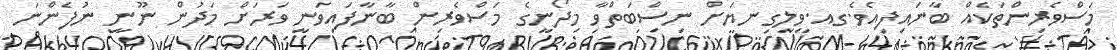
މަސްވެރިންތަކެއް ބާނައިފިއެވެ.ގއ.ވިލިގިނޔަށް ނިސްބަތްވާ މިދޯނީގެ މަސްވެރިން ބާނާފައިވަނީ ވަރަށް މަދުން ނޫނީ ނުފެންނަ